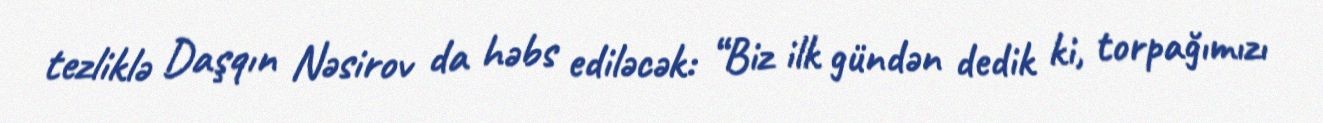
tezliklə Daşqın Nəsirov da həbs ediləcək: “Biz ilk gündən dedik ki, torpağımızı